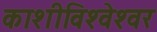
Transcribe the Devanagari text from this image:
काशीविश्‍वेश्‍वर